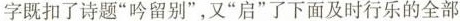
字既扣了诗题”吟留别”，又”启”了下面及时行乐的全部